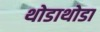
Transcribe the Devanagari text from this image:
थोडाथोडा